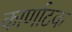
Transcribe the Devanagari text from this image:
कार्णाटक